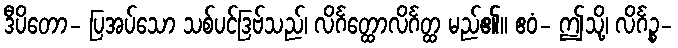
ဒီပိတော- ပြအပ်သော သစ်ပင်ဒြဗ်သည်၊ လိင်္ဂတ္ထောလိင်္ဂတ္ထ မည်၏။ ဧဝံ- ဤသို့၊ လိင်္ဂဉ္စ-